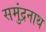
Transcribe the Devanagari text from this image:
समुंद्रनाथ